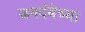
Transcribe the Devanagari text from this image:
जगदंबेच्या